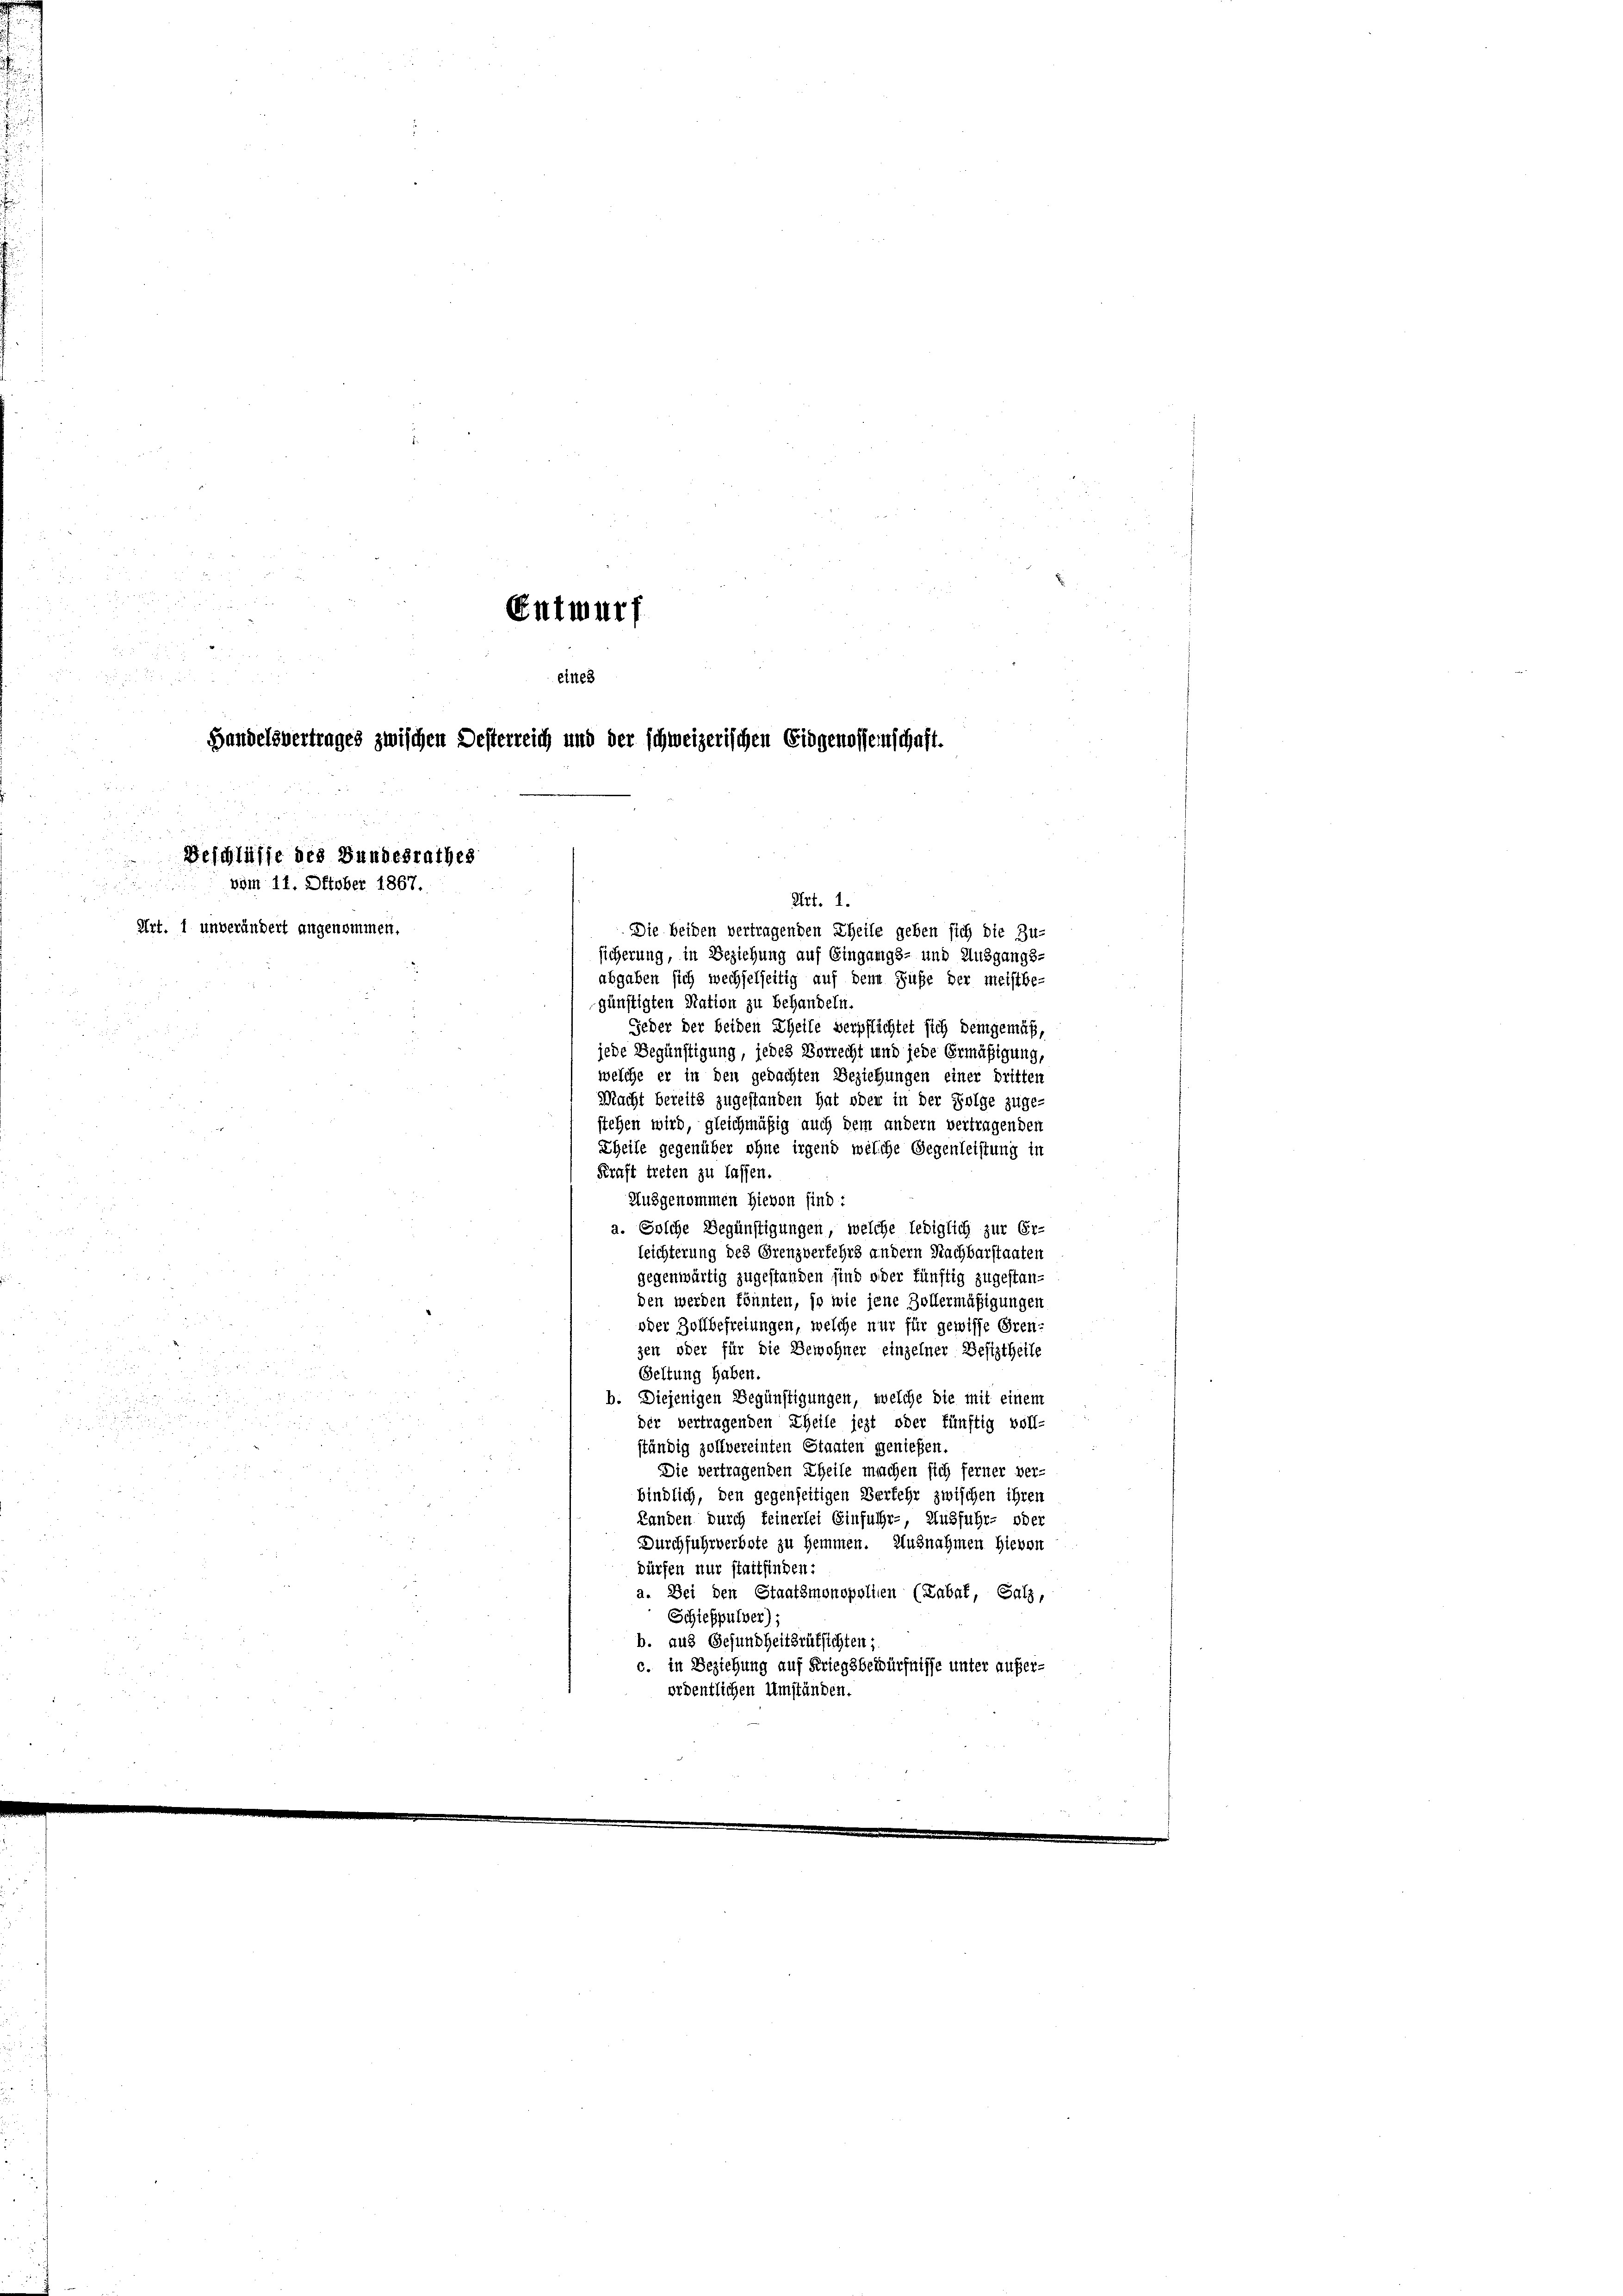
Entwurf

2

  11
eines
Handelsvertrages zwischen Desterreich und der schweizerischen Eidgenossenschaft.
Beschlüsse des Bundesrathes
vom 11. Oktober 1867.
Art. 1.

Art. 1 unverändert angenommen.

Die beiden vertragenden Theile geben sich die Zu-
sicherung, in Beziehung auf Eingangs- und Ausgangs-
abgaben sich wechselseitig auf denn Fuße der meistbe-
günstigten Nation zu behandeln.
Feder der beiden Theile verpflichtet sich demgemäß,
jede Begünstigung, jedes Vorrecht und jede Ermäßigung,
welche er in den gedachten Beziehungen einer dritten
Macht bereits zugestanden hat oder in der Folge zuge-
stehen wird, gleichmäßig auch dem andern vertragenden
Theile gegenüber ohne irgend welche Gegenleistung in
Kraft treten zu lassen.
Ausgenommen hievon sind:
a. Solche Begünstigungen, welche lediglich zur Er-
leichterung des Grenzverkehrs andern Nachbarstaaten
gegenwärtig zugestanden sind oder fünftig zugestanden werden könnten, so wie jene Zollermäßigungen
oder Zollbefreiungen, welche nur für gewisse Gren-
zen oder für die Bewohner einzelner Besiztheile
Seltung haben.
.
b. Diejenigen Begünstigungen, welche die mit einem
der vertragenden Theile jezt oder fünftig voll-
5
ständig zollvereinten Staaten genießen.

Die vertragenden Theile machen sich ferner ver-
bindlich, den gegenseitigen Verkehr zwischen ihren
Landen durch feinerlei Einfuhr-, Ausfuhr- oder
Durchfuhrverbote zu hemmen. Ausnahmen hievon
dürfen nur stattfinden:
a. Bei den Staatsmonopolien (Labat, Salz,
Schießpulver).
b. aus Gesundheitsrüksichten;
c. in Beziehung auf Kriegsbedürfnisse unter auferordentlichen Umständen.